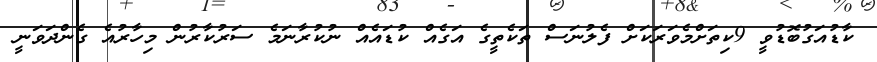
ކާޑުއަގުބޮޑުވީ 9ކިތަށްމެވަރަކަށް ފެލުނަސް ތަކެތީގެ އަގެއް ކުޑައެއް ނުކުރާނަމެ ސަރުކާރުން މިހާރުއެ ގެންދަވަނީ